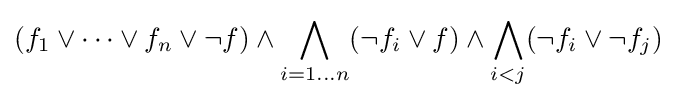
(f_{1}\lor \dots \lor f_{n}\lor \lnot f)\land \bigwedge _{i=1\dots n}(\lnot f_{i}\lor f)\land \bigwedge _{i<j}(\lnot f_{i}\lor \lnot f_{j})